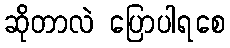
ဆိုတာလဲ ပြောပါရစေ